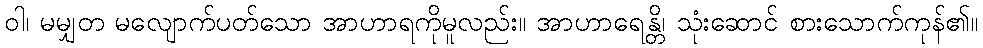
ဝါ၊ မမျှတ မလျောက်ပတ်သော အာဟာရကိုမူလည်း။ အာဟာရေန္တိ၊ သုံးဆောင် စားသောက်ကုန်၏။